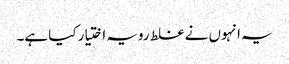
یہ انہوں نے غلط رویہ اختیار کیا ہے۔